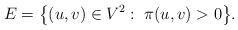
LaTeX: \begin{align*}E=\big\{(u,v)\in V^2:\; \pi(u,v)>0\big\}.\end{align*}